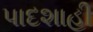
પાદશાહી